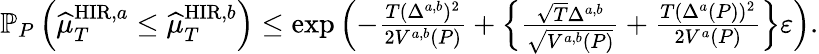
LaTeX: \begin{array}{r}{\mathbb{P}_{P}\left(\widehat{\mu}_{T}^{\mathrm{HIR},a}\leq\widehat{\mu}_{T}^{\mathrm{HIR},b}\right)\leq\exp\left(-\frac{T(\Delta^{a,b})^{2}}{2V^{a,b}(P)}+\left\{ \frac{\sqrt{T}\Delta^{a,b}}{\sqrt{V^{a,b}(P)}}+\frac{T(\Delta^{a}(P))^{2}}{2V^{a}(P)}\right\} \varepsilon\right).}\end{array}